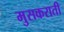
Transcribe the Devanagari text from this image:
मुसकराती